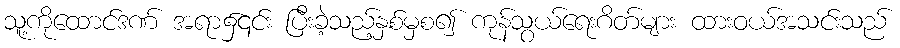
သူ့ကိုထောင်ဒဏ် အရာ၌၎င်း ပြီးခဲ့သည့်နှစ်မှစ၍ ကုန်သွယ်ရေးဂိတ်များ ထားဝယ်အသင်းသည်